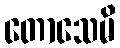
တောသေမိ